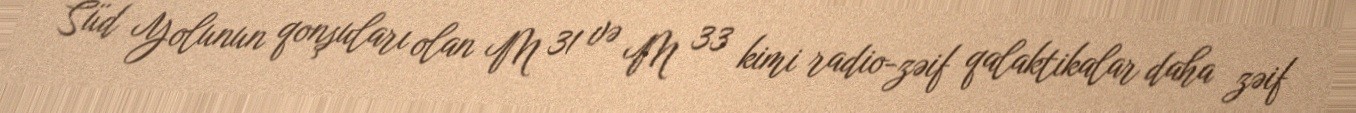
Süd Yolunun qonşuları olan M 31 və M 33 kimi radio-zəif qalaktikalar daha zəif